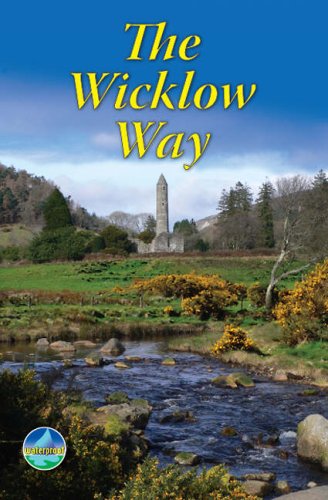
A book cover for The Wicklow Way: Rucksack Readers; Jacquetta Megarry; Travel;